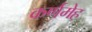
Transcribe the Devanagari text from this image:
कर्णमेह